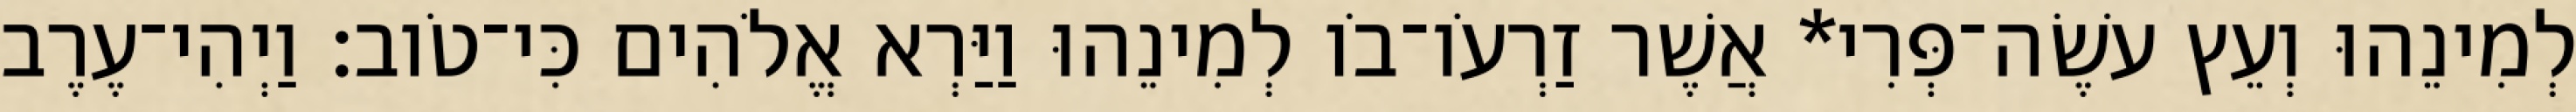
לְמִינֵהוּ וְעֵץ עֹשֶׂה־פְּרִי* אֲשֶׁר זַרְעֹו־בֹו לְמִינֵהוּ וַיַּרְא אֱלֹהִים כִּי־טֹוב׃ וַיְהִי־עֶרֶב